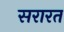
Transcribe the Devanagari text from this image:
सरारत